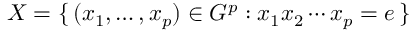
X = \{ \, ( x _ { 1 } , \ldots , x _ { p } ) \in G ^ { p } : x _ { 1 } x _ { 2 } \cdots x _ { p } = e \, \}